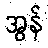
အွန်